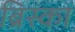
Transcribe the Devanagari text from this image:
ब्रिस्का